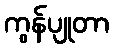
ကွန်ပျုတာ